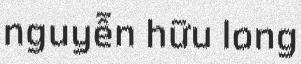
nguyễn hữu long